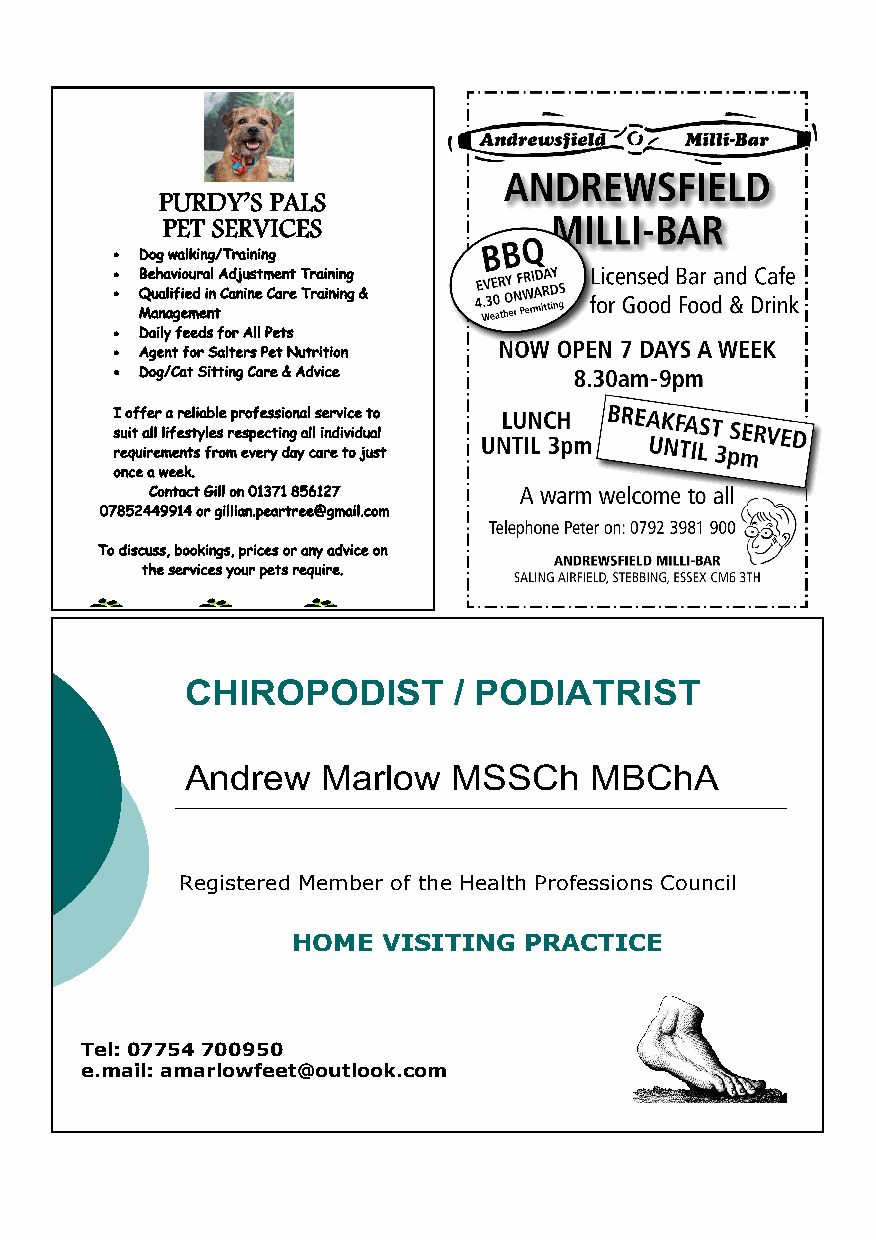
PURDY’ S PALS
 PET SERVICES
 • Dog walking/Training
 • Behavioural Adjustment Training
 • Qualified in Canine Care Training &
 Management
 • Daily feeds for All Pets
 • Agent for Salters Pet Nutrition
 • Dog/Cat Sitting Care & Advice
 I offer a reliable professional service to
 suit all lifestyles respecting all individual
 requirements from every day care to just
 once a week.
 Contact Gill on 01371 856127
 07852449914 or gillian.peartree@gmail.com
 To discuss, bookings, prices or any advice on
 the services your pets require.
 CHIROPODIST       / PODIATRIST
 Andrew   Marlow   MSSCh    MBChA
 Registered Member of the Health Professions Council
 HOME  VISITING  PRACTICE
 Tel: 07754 700950
 e.mail: amarlowfeet@outlook.com